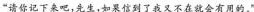
“请你记下来吧，先生，如果信到了我又不在就会有用的。”